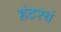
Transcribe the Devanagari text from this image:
हंटरचं